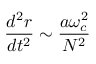
\frac { d ^ { 2 } r } { d t ^ { 2 } } \sim \frac { a \omega _ { c } ^ { 2 } } { N ^ { 2 } }